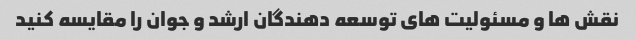
نقش ها و مسئولیت های توسعه دهندگان ارشد و جوان را مقایسه کنید